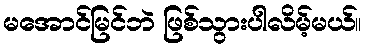
မအောင်မြင်ဘဲ ဖြစ်သွားပါလိမ့်မယ်။